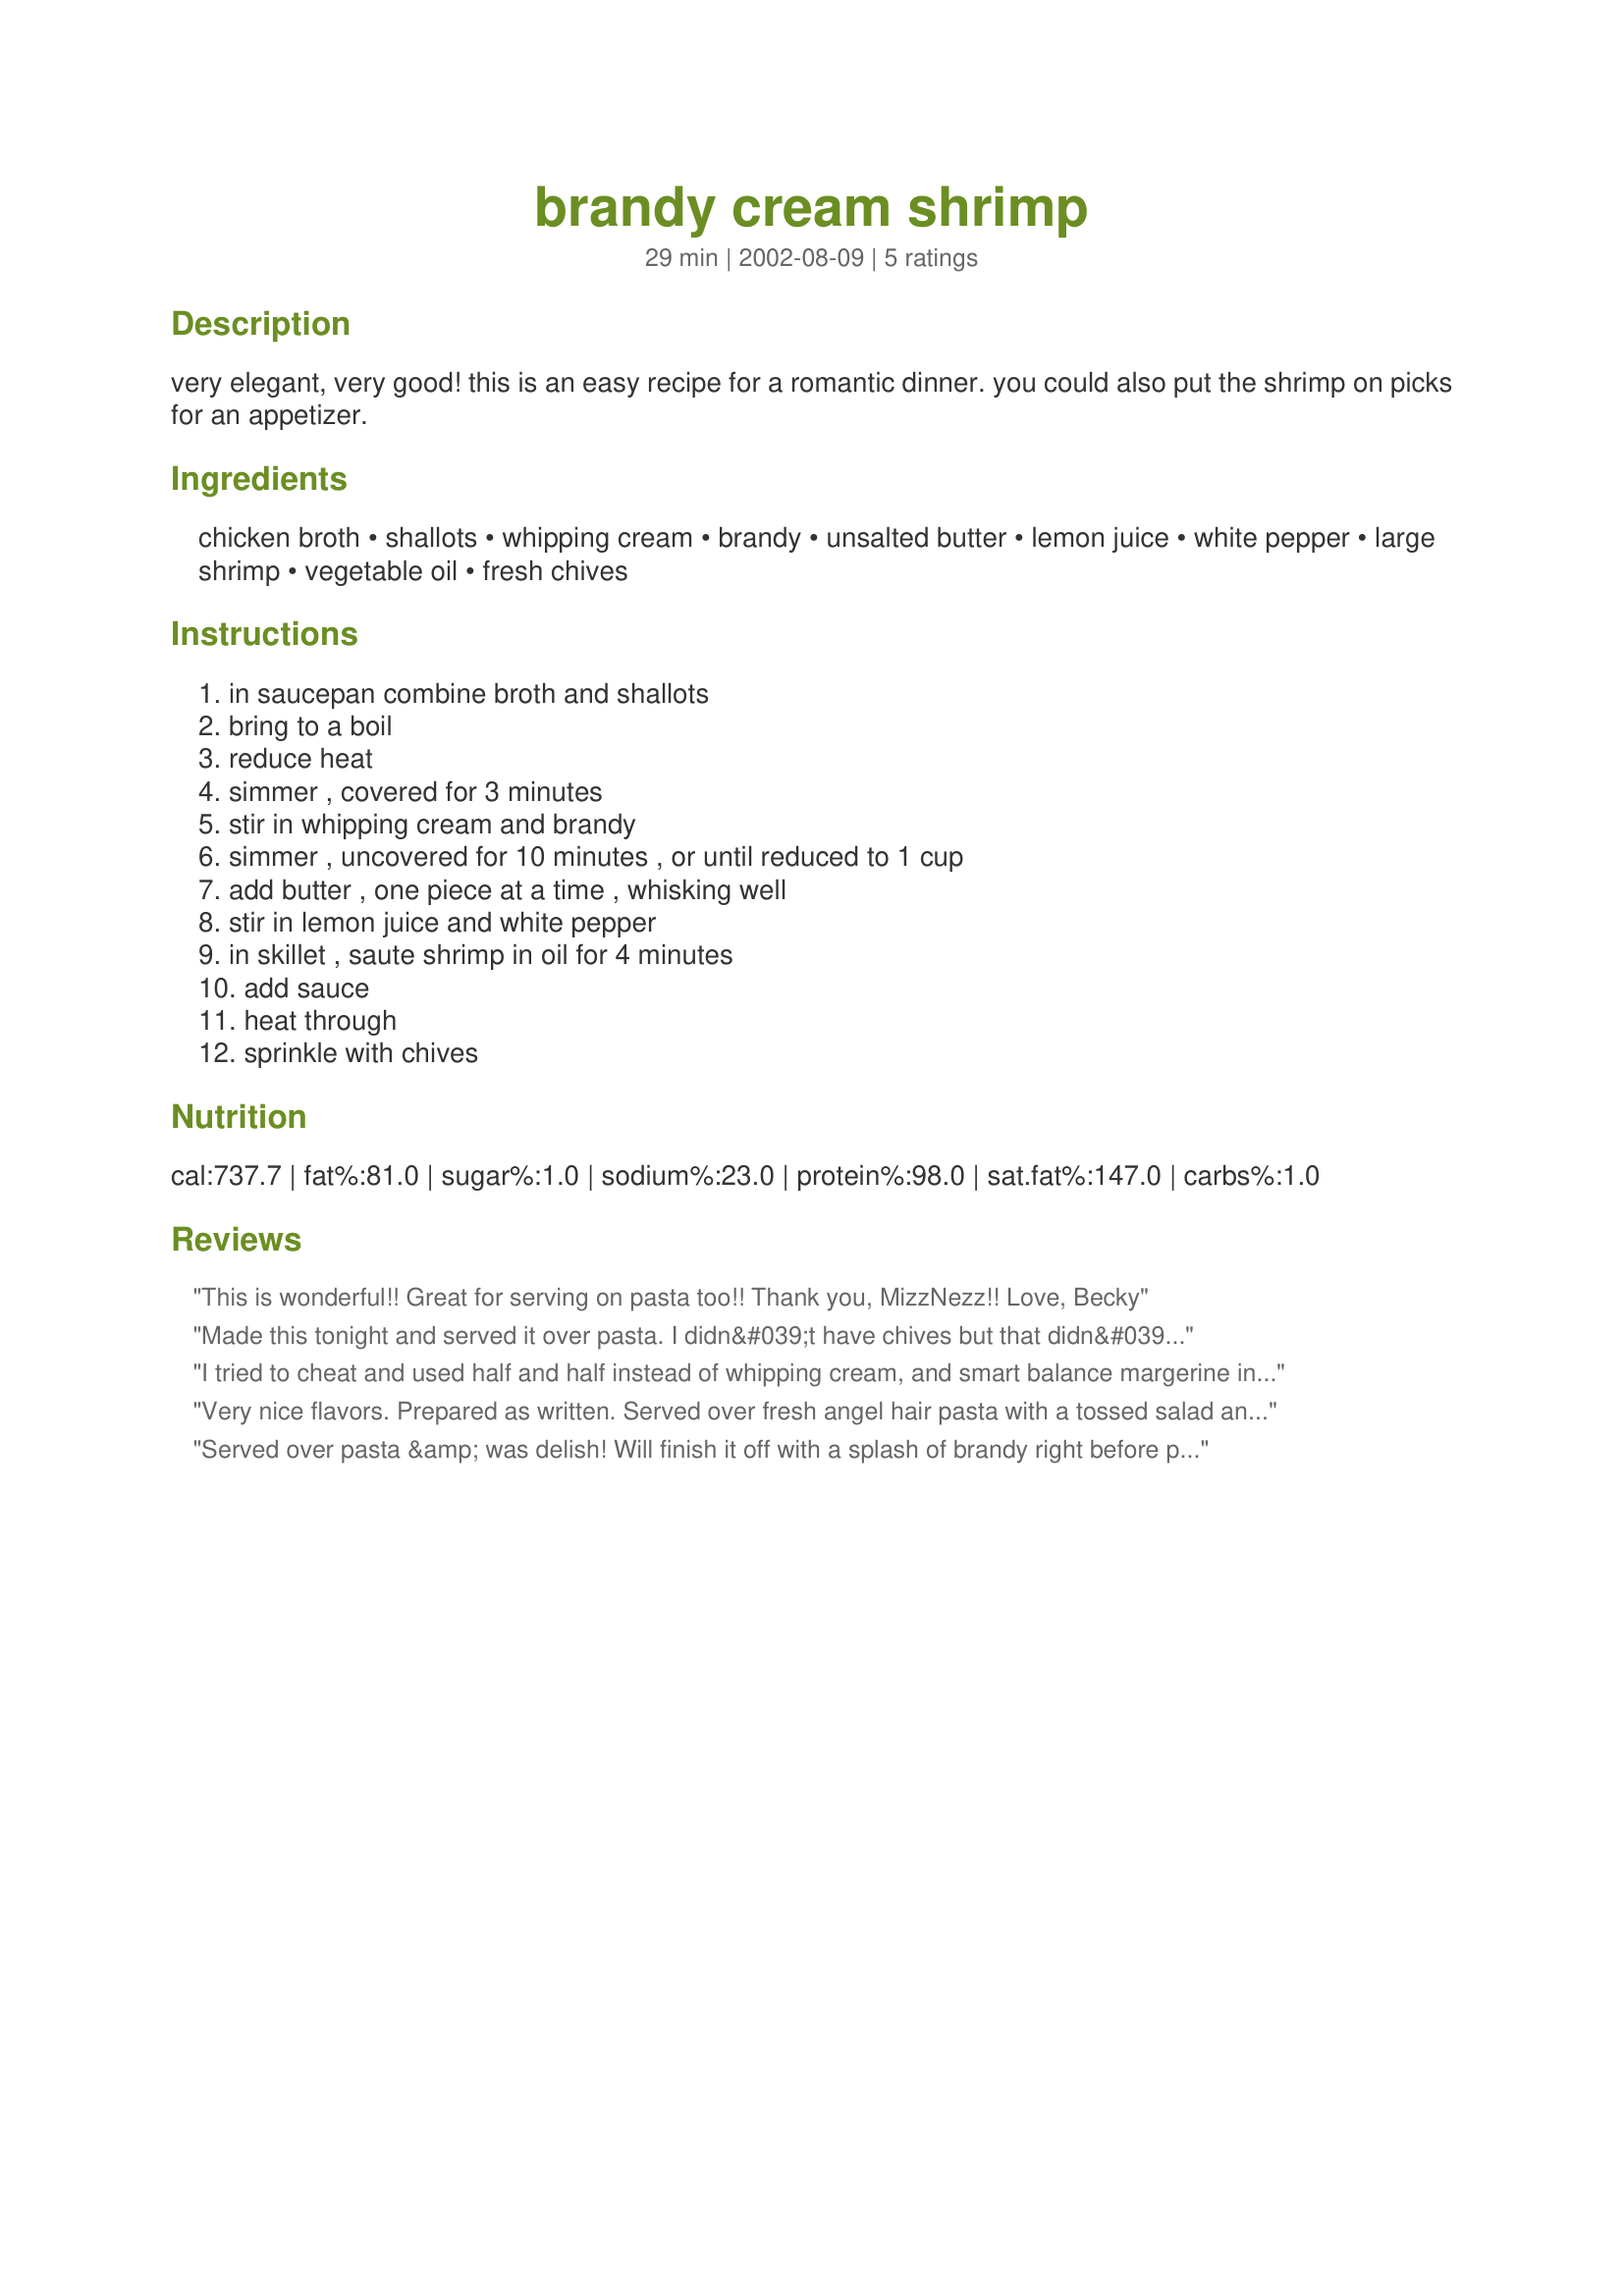
brandy cream shrimp
Preparation time: 29 minutes

very elegant, very good! this is an easy recipe for a romantic dinner. you could also put the shrimp on picks for an appetizer.

Ingredients:
chicken broth, shallots, whipping cream, brandy, unsalted butter, lemon juice, white pepper, large shrimp, vegetable oil, fresh chives

Steps:
in saucepan combine broth and shallots, bring to a boil, reduce heat, simmer , covered for 3 minutes, stir in whipping cream and brandy, simmer , uncovered for 10 minutes , or until reduced to 1 cup, add butter , one piece at a time , whisking well, stir in lemon juice and white pepper, in skillet , saute shrimp in oil for 4 minutes, add sauce, heat through, sprinkle with chives

Reviews:
This is wonderful!! Great for serving on pasta too!!
Thank you, MizzNezz!!
Love,
Becky
Made this tonight and served it over pasta. I didn&#039;t have chives but that didn&#039;t matter - this was quick easy but the best part was that it was delicious!. Definitely a keeper
I tried to cheat and used half and half instead of whipping cream, and smart balance margerine instead of butter, so the sauce was way too thin. It was still very flavorful though and I loved it. Served it over a bed of quinoa with roasted asparagus with feta on the side. Yum! Also, I halved the recipe and it was more than enough for two when served with a healthy amount of quinoa.
Very nice flavors. Prepared as written. Served over fresh angel hair pasta with a tossed salad and bread.
Served over pasta &amp; was delish! Will finish it off with a splash of brandy right before plating next time. I really want that brandy flavor.
